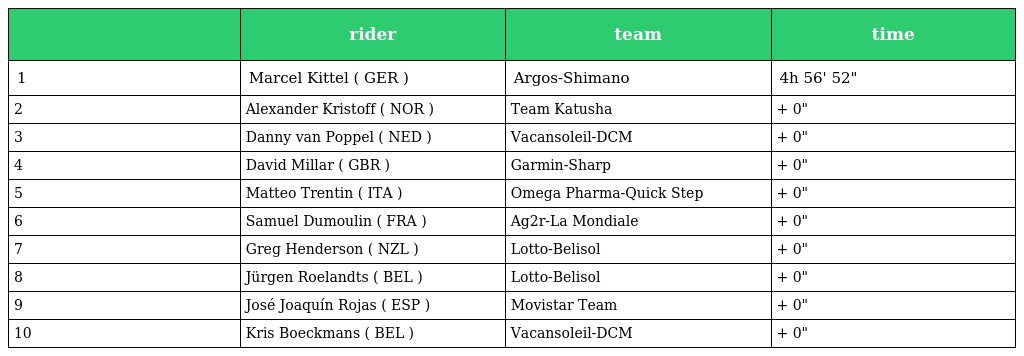
|  | rider | team | time |
 | --- | --- | --- | --- |
 | 1 | Marcel Kittel ( GER ) | Argos-Shimano | 4h 56' 52" |
 | 2 | Alexander Kristoff ( NOR ) | Team Katusha | + 0" |
 | 3 | Danny van Poppel ( NED ) | Vacansoleil-DCM | + 0" |
 | 4 | David Millar ( GBR ) | Garmin-Sharp | + 0" |
 | 5 | Matteo Trentin ( ITA ) | Omega Pharma-Quick Step | + 0" |
 | 6 | Samuel Dumoulin ( FRA ) | Ag2r-La Mondiale | + 0" |
 | 7 | Greg Henderson ( NZL ) | Lotto-Belisol | + 0" |
 | 8 | Jürgen Roelandts ( BEL ) | Lotto-Belisol | + 0" |
 | 9 | José Joaquín Rojas ( ESP ) | Movistar Team | + 0" |
 | 10 | Kris Boeckmans ( BEL ) | Vacansoleil-DCM | + 0" |